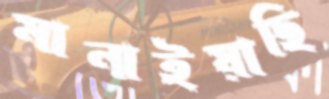
মানাইয়াছি